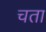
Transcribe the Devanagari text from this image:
चता